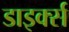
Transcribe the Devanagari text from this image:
डाइर्क्स